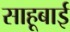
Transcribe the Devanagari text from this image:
साहूबाई